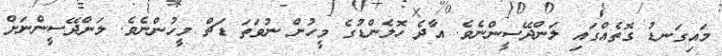
މައިގަނޑު ގޮތެއްގައި ލަންދޭސީންނެވެ. އާދެ ހޮލެންޑުގެ މީހުން ނުވަތަ ޑަޗް މީހުންނެވެ. ލަންދޭސީންނަށް